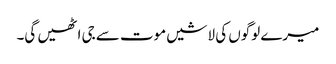
میرے لوگوں کی لاشیں موت سے جی اٹھیں گی۔